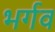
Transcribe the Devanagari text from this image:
भर्गव